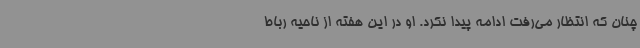
چنان که انتظار می‌رفت ادامه پیدا نکرد. او در این هفته از ناحیه رباط